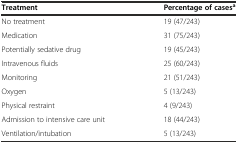
<table><thead><tr><td><b>Treatment</b></td><td><b>Percentage of cases<sup>a</sup></b></td></tr></thead><tbody><tr><td>No treatment</td><td>19 (47/243)</td></tr><tr><td>Medication</td><td>31 (75/243)</td></tr><tr><td>Potentially sedative drug</td><td>19 (45/243)</td></tr><tr><td>Intravenous fluids</td><td>25 (60/243)</td></tr><tr><td>Monitoring</td><td>21 (51/243)</td></tr><tr><td>Oxygen</td><td>5 (13/243)</td></tr><tr><td>Physical restraint</td><td>4 (9/243)</td></tr><tr><td>Admission to intensive care unit</td><td>18 (44/243)</td></tr><tr><td>Ventilation/intubation</td><td>5 (13/243)</td></tr></tbody></table>